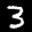
Label: 3